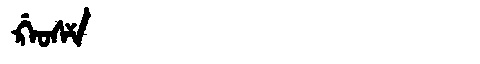
Manchu: ᡤ᠋ᠠᠣᠰᠶ
Romanization: G'AOSY